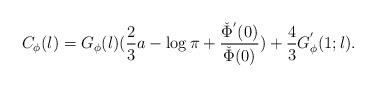
LaTeX: \begin{align*} C_\phi(l)=G_\phi(l)(\frac{2}{3}a-\log \pi+\frac{\check{\Phi}^{'}(0)} {\check{\Phi}(0)}) +\frac{4}{3}G^{'}_\phi(1;l).\end{align*}